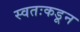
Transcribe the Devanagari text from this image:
स्वतःकडून